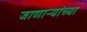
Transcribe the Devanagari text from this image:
जाणार्‍यांच्या